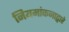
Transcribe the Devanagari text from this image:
नियमांकनाद्वारे